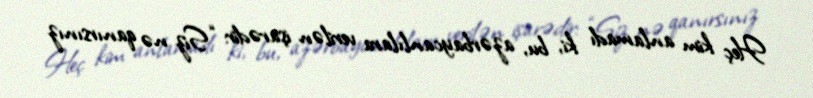
Heç kim anlamadı ki, bu, azərbaycanlılara verilən işarədir: “Siz nə qanırsınız